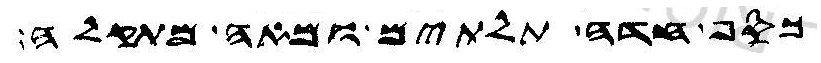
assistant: כסף חדה תלתים ומאה מתקלה